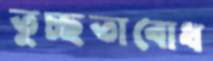
তুচ্ছতাবোধ